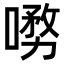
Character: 𭊞